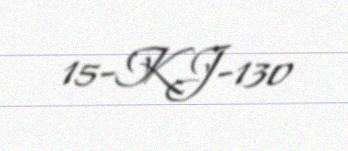
15-KJ-130